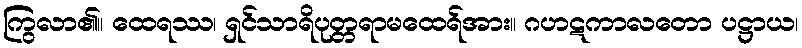
ကြွလာ၏။ ထေရဿ၊ ရှင်သာရိပုတ္တရာမထေရ်အား။ ဂဟဋကာလတော ပဋ္ဌာယ၊